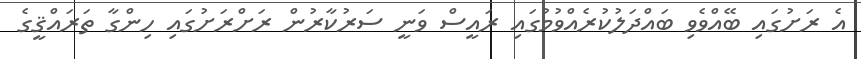
އެ ރަށުގައިިި ބޭއްވެވި ބައްދަލުކުރެއްވުމުގައި ރައީސް ވަނީ ސަރުކާރުން ރަށްރަށުގައި ހިންގާ ތަރައްޤީގެ